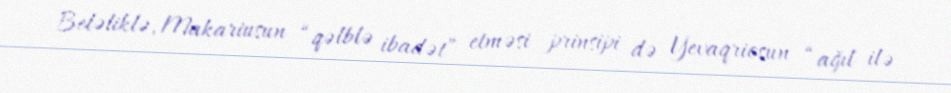
Beləliklə, Makariusun “qəlblə ibadət” etməsi prinsipi də Yevaqriosun “ağıl ilə